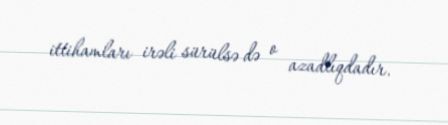
ittihamları irəli sürülsə də o azadlıqdadır.